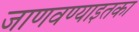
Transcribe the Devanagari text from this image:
जाणवण्याइतका